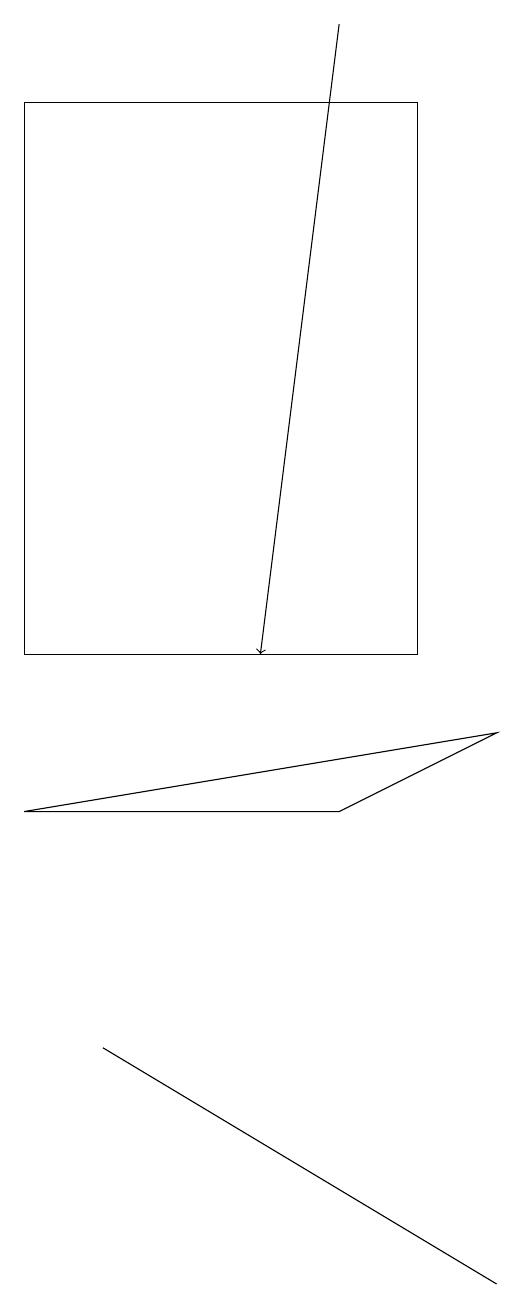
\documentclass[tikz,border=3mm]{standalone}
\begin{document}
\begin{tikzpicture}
\draw (0,8) -- (6,9) -- (4,8) -- cycle;
\draw[->] (4,18) -- (3,10);
\draw (0,17) rectangle (5,10);
\draw (1,5) -- (6,2) -- (6,2) -- cycle;
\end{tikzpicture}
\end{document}